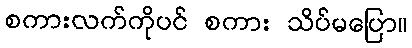
စကားလက်ကိုပင် စကား သိပ်မပြော။